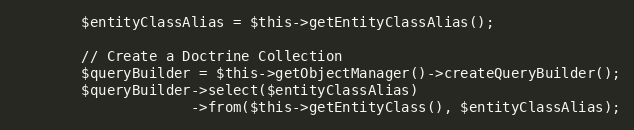
Language: PHP
        $entityClassAlias = $this->getEntityClassAlias();

        // Create a Doctrine Collection
        $queryBuilder = $this->getObjectManager()->createQueryBuilder();
        $queryBuilder->select($entityClassAlias)
                     ->from($this->getEntityClass(), $entityClassAlias);